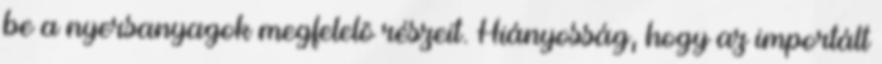
be a nyersanyagok megfelelõ részeit. Hiányosság, hogy az importált